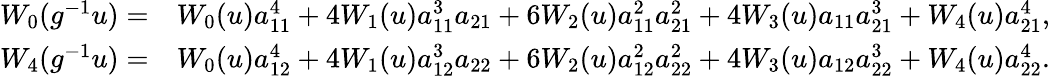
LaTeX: \begin{array}{rl}{W_{0}(g^{-1}u)=}&{W_{0}(u)a_{11}^{4}+4W_{1}(u)a_{11}^{3}a_{21}+6W_{2}(u)a_{11}^{2}a_{21}^{2}+4W_{3}(u)a_{11}a_{21}^{3}+W_{4}(u)a_{21}^{4},}\\ {W_{4}(g^{-1}u)=}&{W_{0}(u)a_{12}^{4}+4W_{1}(u)a_{12}^{3}a_{22}+6W_{2}(u)a_{12}^{2}a_{22}^{2}+4W_{3}(u)a_{12}a_{22}^{3}+W_{4}(u)a_{22}^{4}.}\end{array}